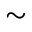
\sim